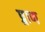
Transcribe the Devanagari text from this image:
प्र्राण